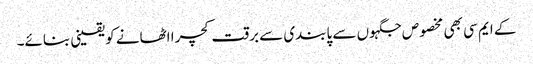
کے ایم سی بھی مخصوص جگہوں سے پابندی سے برقت کچرا اٹھانے کویقینی بنائے۔